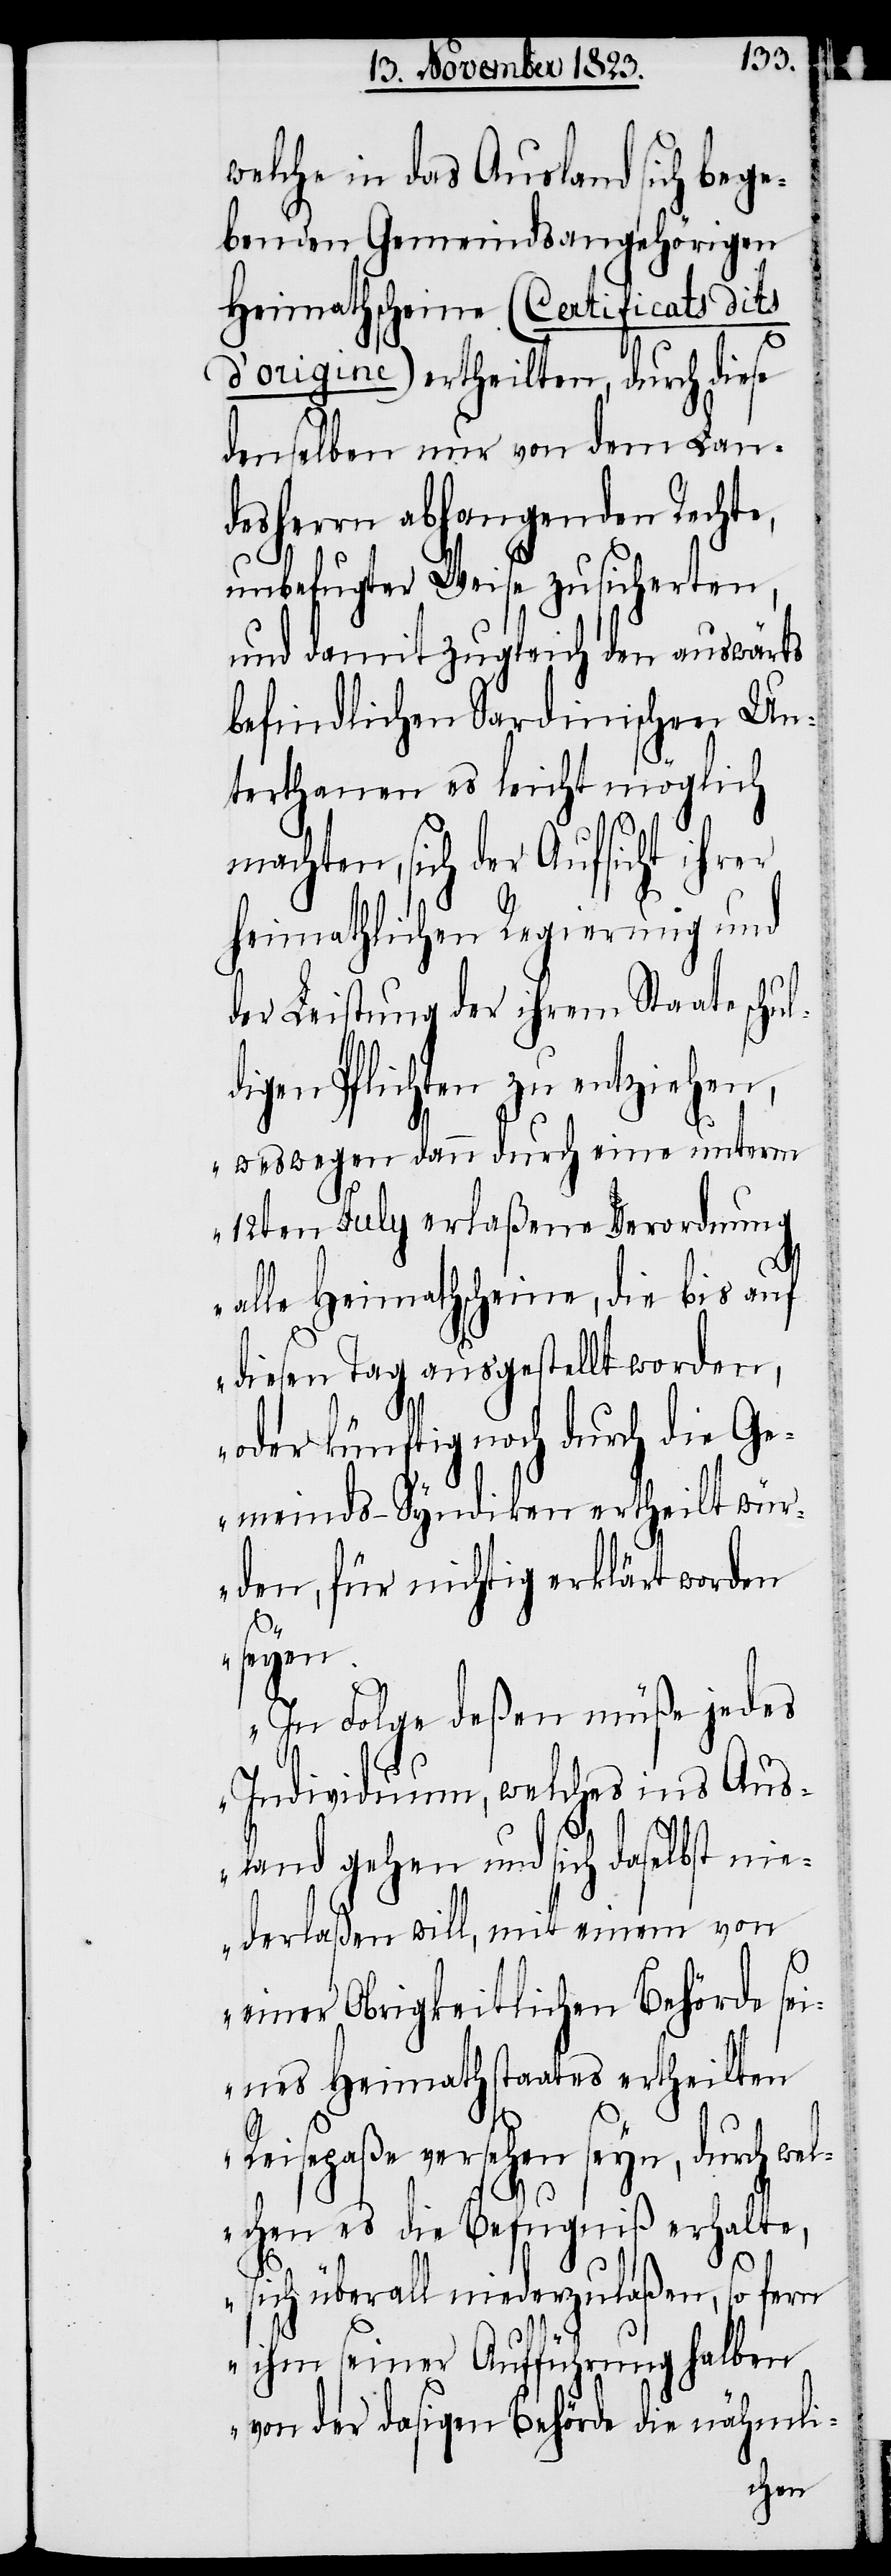
welche in das Ausland sich bege¬
benden Gemeindsangehörigen
Heimathscheine (Certificats dits
d’origine) ertheilten, durch diese
denselben nur von dem Lan¬
desherrn abhangenden Rechte,
unbefugter Weise zusicherten,
und damit zugleich den auswärts
befindlichen Sardinischen Un¬
terthanen es leicht möglich
machten, sich der Aufsicht ihrer
heimathlichen Regierung und
der Leistung der ihrem Staate schu¬
digen Pflichten zu entziehen,
„weswegen dann durch eine unterm
12ten July erlaßene Verordnung
alle Heimathscheine, die bis auf
diesen Tag ausgestellt worden,
oder künftig noch durch die Ge¬
meinds-Syndiken ertheilt wür¬
den, für nichtig erklärt worden
l¬
seyen.
In Folge deßen müße jedes
Individuum, welches ins Aus¬
land gehen und sich daselbst nie¬
derlaßen will, mit einem von
einer Obrigkeitlichen Behörde sei¬
nes Heimathstaates ertheilten
Reisepaße versehen seyn, durch wel¬
chen es die Befugniß erhalte,
sich überall niederzulaßen, so fern
ihm seiner Aufführung halben
von der dasigen Behörde die nähmli-